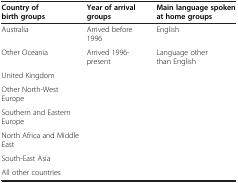
<table><thead><tr><td><b>Country of</b></td><td><b>Year of arrival</b></td><td><b>Main language spoken</b></td></tr><tr><td><b>birth groups</b></td><td><b>groups</b></td><td><b>at home groups</b></td></tr></thead><tbody><tr><td>Australia</td><td>Arrived before 1996</td><td>English</td></tr><tr><td>Other Oceania</td><td>Arrived 1996-present</td><td>Language other than English</td></tr><tr><td>United Kingdom</td><td> </td><td> </td></tr><tr><td>Other North-West Europe</td><td> </td><td> </td></tr><tr><td>Southern and Eastern Europe</td><td> </td><td> </td></tr><tr><td>North Africa and Middle East</td><td> </td><td> </td></tr><tr><td>South-East Asia</td><td> </td><td> </td></tr><tr><td>All other countries</td><td> </td><td> </td></tr></tbody></table>